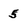
Character: 5